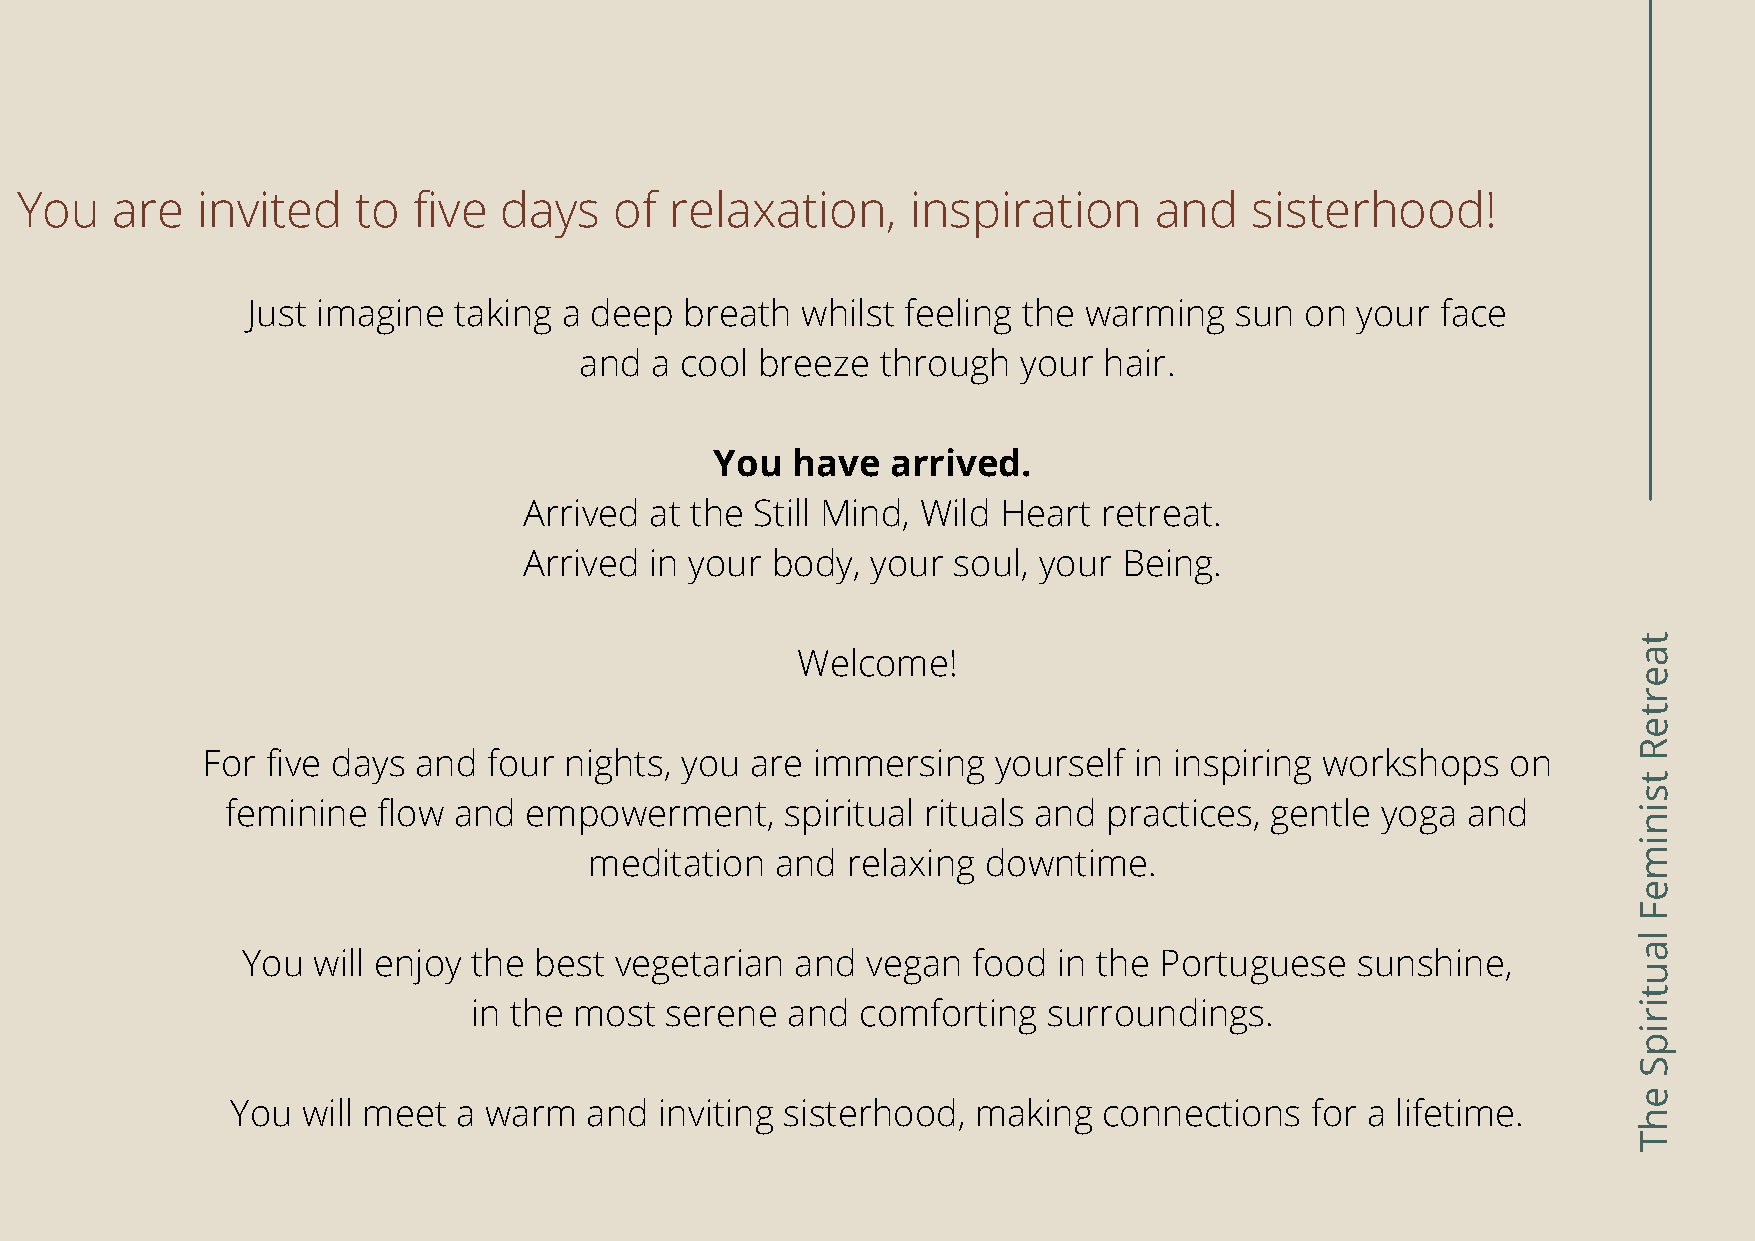
You   are   invited   to  five  days    of relaxation,     inspiration     and    sisterhood!
 Just imagine  taking a deep  breath  whilst feeling the warming   sun on  your face
 and  a cool breeze  through   your hair.
 You  have   arrived.
 Arrived at the Still Mind, Wild Heart retreat.
 Arrived in your body,  your soul, your Being.
 t
 Welcome!                                                a
 e
 r
 t
 e
 R
 For  five days and four nights, you  are immersing   yourself in inspiring workshops   on
 t
 s
 feminine  flow and  empowerment,     spiritual rituals and practices, gentle yoga and         i
 n
 i
 meditation  and  relaxing downtime.                                   m
 e
 F
 l
 a
 You  will enjoy the best vegetarian  and vegan  food  in the Portuguese   sunshine,
 u
 t
 in the most  serene  and  comforting  surroundings.                           i
 r
 i
 p
 S
 e
 You  will meet a warm   and  inviting sisterhood, making  connections   for a lifetime.
 h
 T